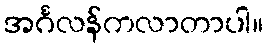
အင်္ဂလန်ကလာတာပါ။